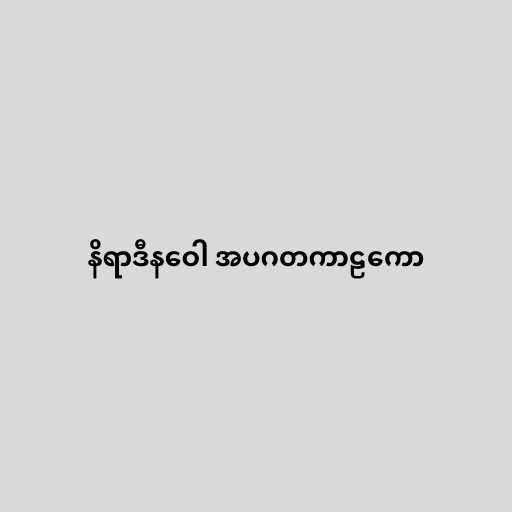
နိရာဒီနဝေါ အပဂတကာဠကော